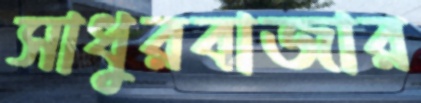
সাধুরবাজার